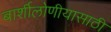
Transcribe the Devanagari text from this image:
बार्शीलोणीयासाठी